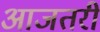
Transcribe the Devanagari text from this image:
आजतरी